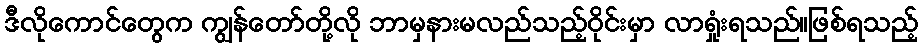
ဒီလိုကောင်တွေက ကျွန်တော်တို့လို ဘာမှနားမလည်သည့်ဝိုင်းမှာ လာရှုံးရသည်။ဖြစ်ရသည့်